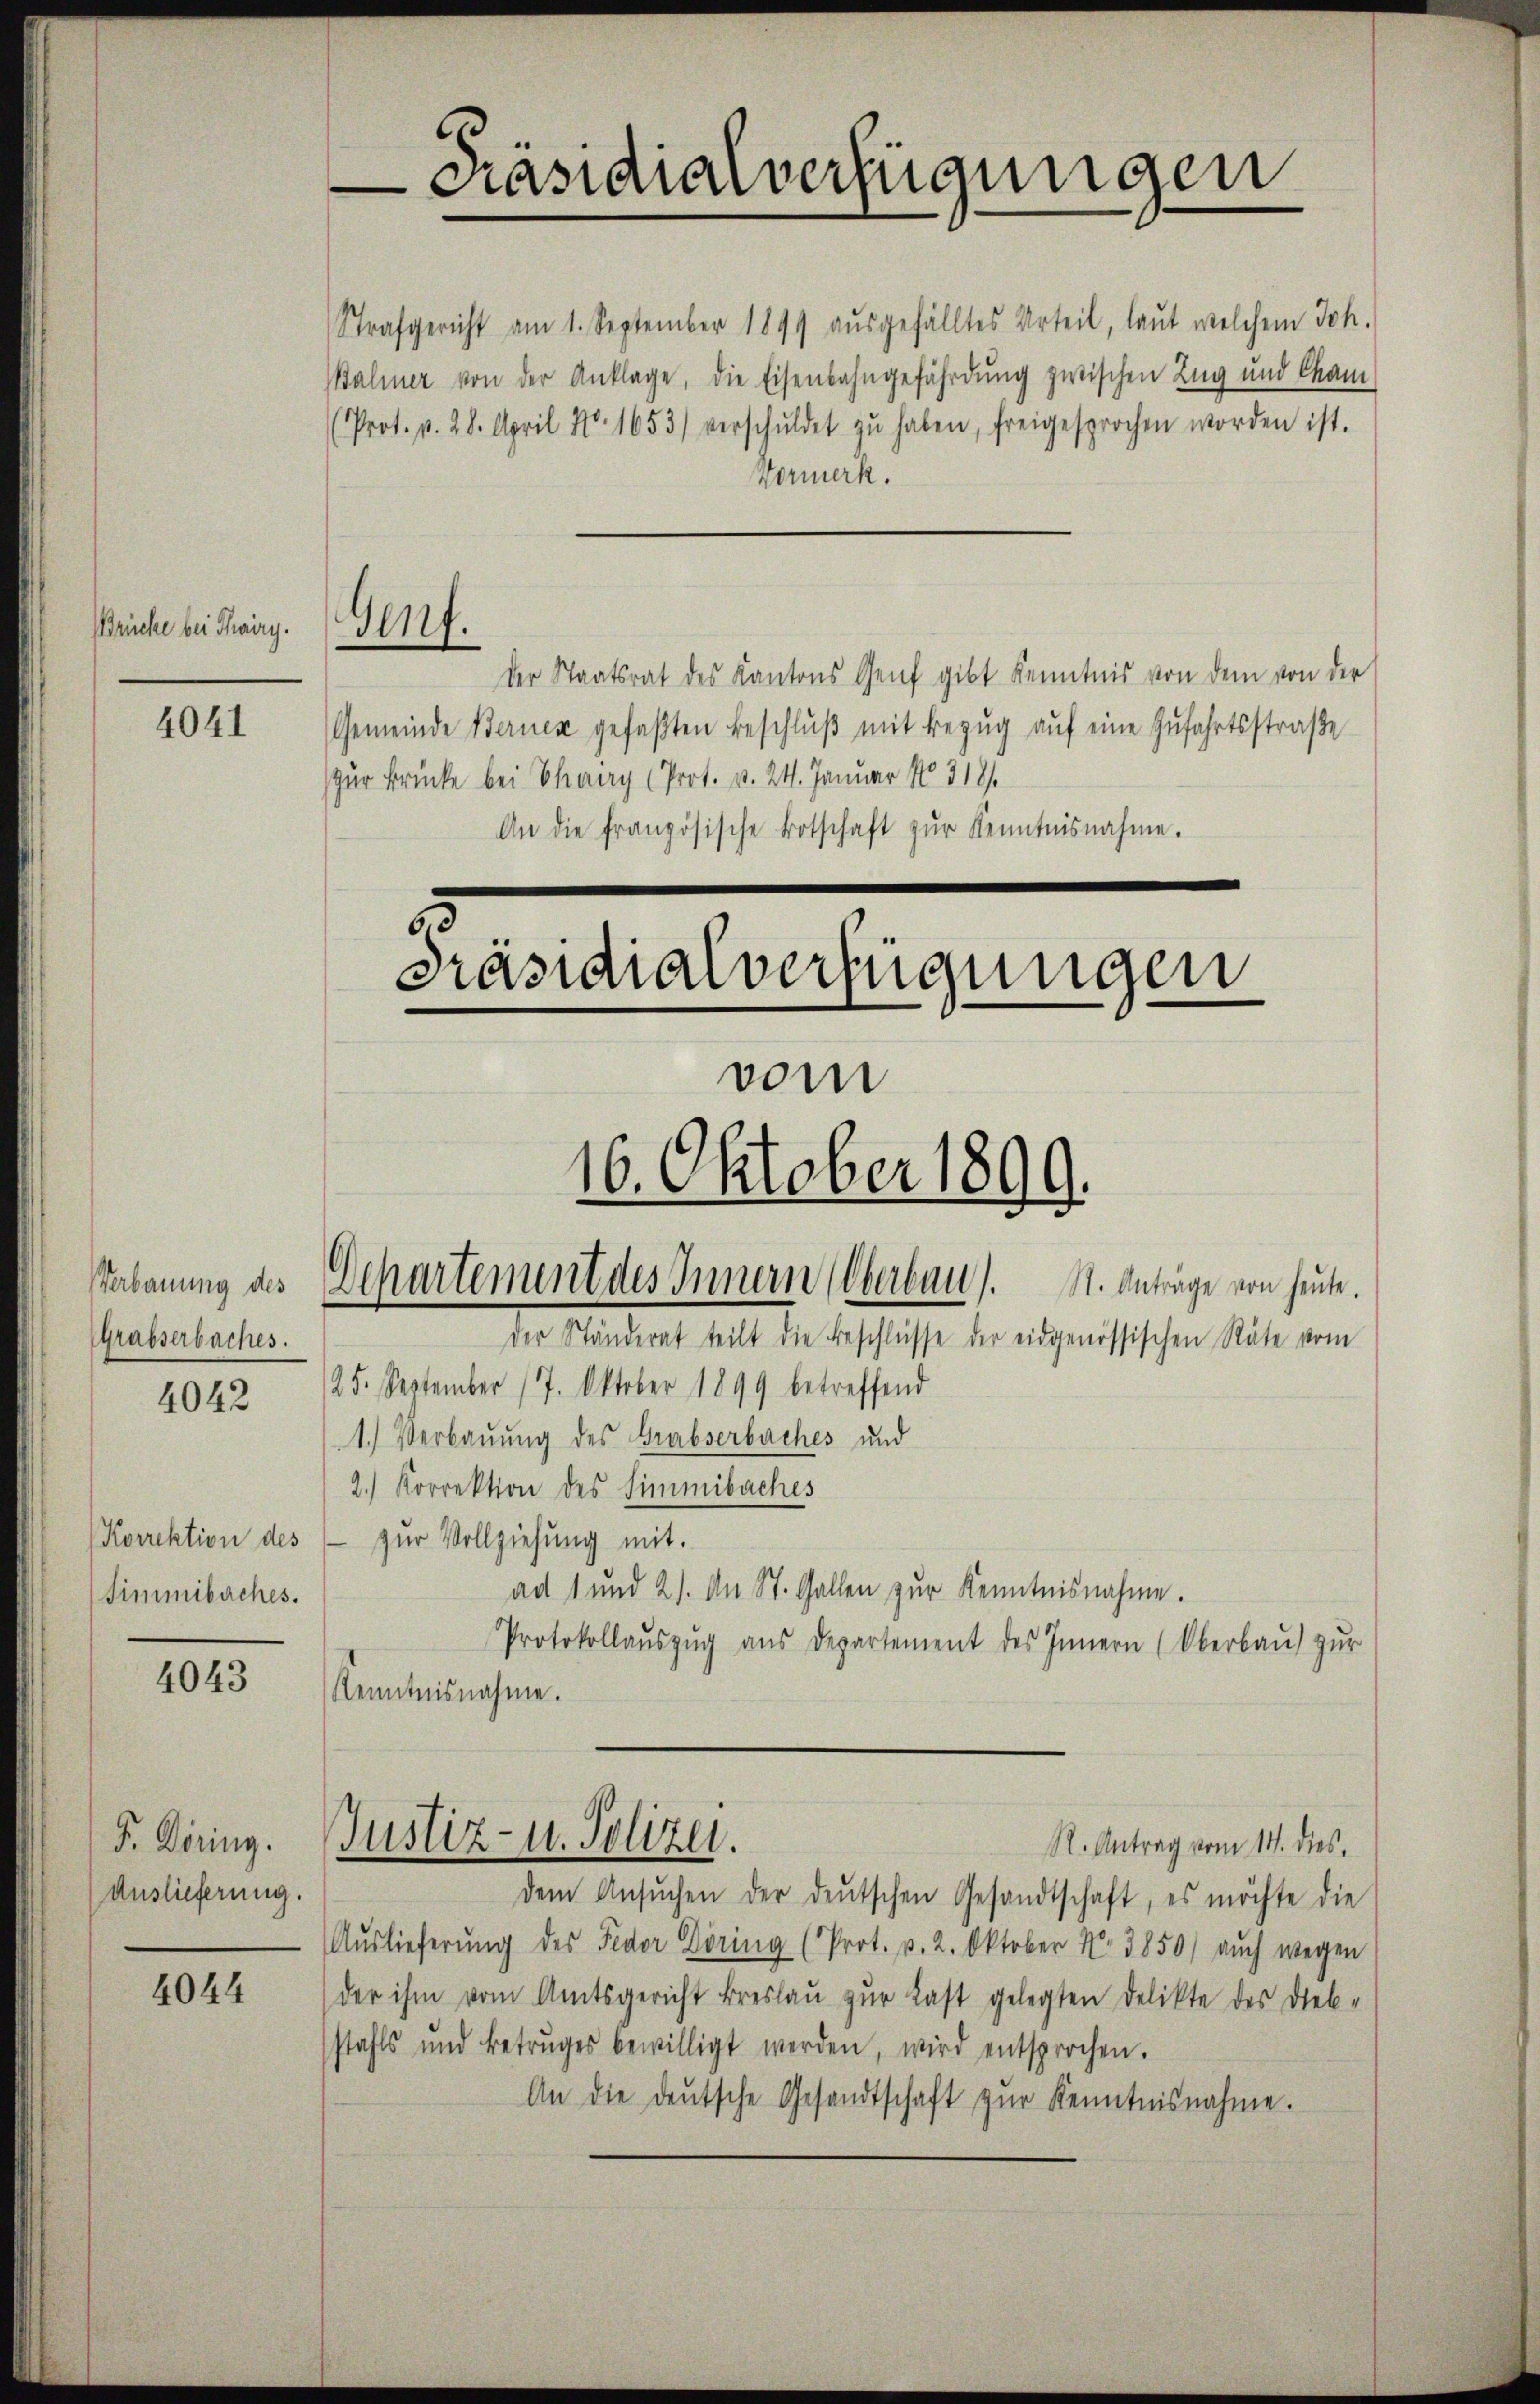
Brücke bei Thairy.

4041

Grabserbaches.

4042

Korrektion des
Simmibaches.

4043

P. Döring.
Auslieferung.

4044

Strafgericht am 1. September 1899 aŭsgefälltes Urteil, laut welchem Joh.
Balmer von der Anklage, die Eisenbahngefährdung zwischen Zug und Cham
(Prot. p. 28. April No. 1653) verschŭldet zŭ haben, freigesprochen worden ist.
Vormerk.
Genf.
der Staatsrat des Kantons Genf gibt Kenntnis von dem von der
Gemeinde Bernen gefaβten Beschlŭβ mit Bezŭg aŭf eine Zufahrtsstraße
zur Brücke bei Charry (Prot. v. 24. Januar No. 318/
An die französische Botschaft zŭr Kenntnisnahme.

Präsidialverfügungen

Präsidialverfügungen

Verbauung des Departement des Innern (Oberbau). St. Anträge von heute.
der Ständerat teilt die Beschlüsse der eidgenössischen Räte vom

16. Oktober 1899.

vom

25. September 17. Oktober 1899 betreffend
1.) Verbauung des Grabserbaches und
2.) Korrektion des Simmibaches
zur Vollziehung mit.
ad 1 und 2). An St. Gallen zŭr Kenntnisnahme.
Protokollaŭszŭg aŭs Departement des Innern (Oberbaŭ zŭr
Kenntnisnahme.
Justiz- u. Polizei.
R. Antrag vom 14. dies
dem Ansŭchen der deŭtschen Gesandtschaft, es möchte die
Auslieferŭng des Fedor Döring (Prot. p. 2. Oktober No 3850) auch wegen
der ihm vom Amtsgericht Breslaŭ zŭr Last gelegten Delikte des Dieb-
stahls und Betruges bewilligt werden, wird entsprochen.
An die deutsche Gesandtschaft zur Kenntnisnahme.